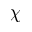
\chi